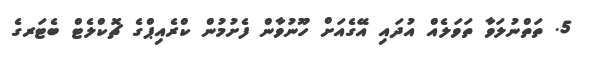
5. ތަތްނުލަވާ ތަވަލެއް އުދައި އޭގެއަށް ހޫނުވާން ފެށުމުން ކްރެއިޕްގެ ޗޮކްލެޓް ބެޓަރގެ